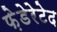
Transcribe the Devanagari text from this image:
फ़ेडेरेटेद